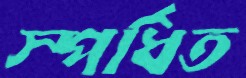
স্পর্ধিত